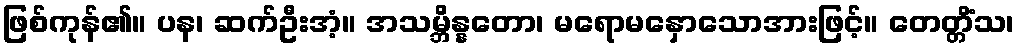
ဖြစ်ကုန်၏။ ပန၊ ဆက်ဦးအံ့။ အသမ္ဘိန္နတော၊ မရောမနှောသောအားဖြင့်။ တေတ္တိံသ၊